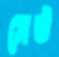
সেউ